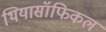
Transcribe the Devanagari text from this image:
थियासॉफिकल